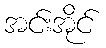
အင်းအိုင်